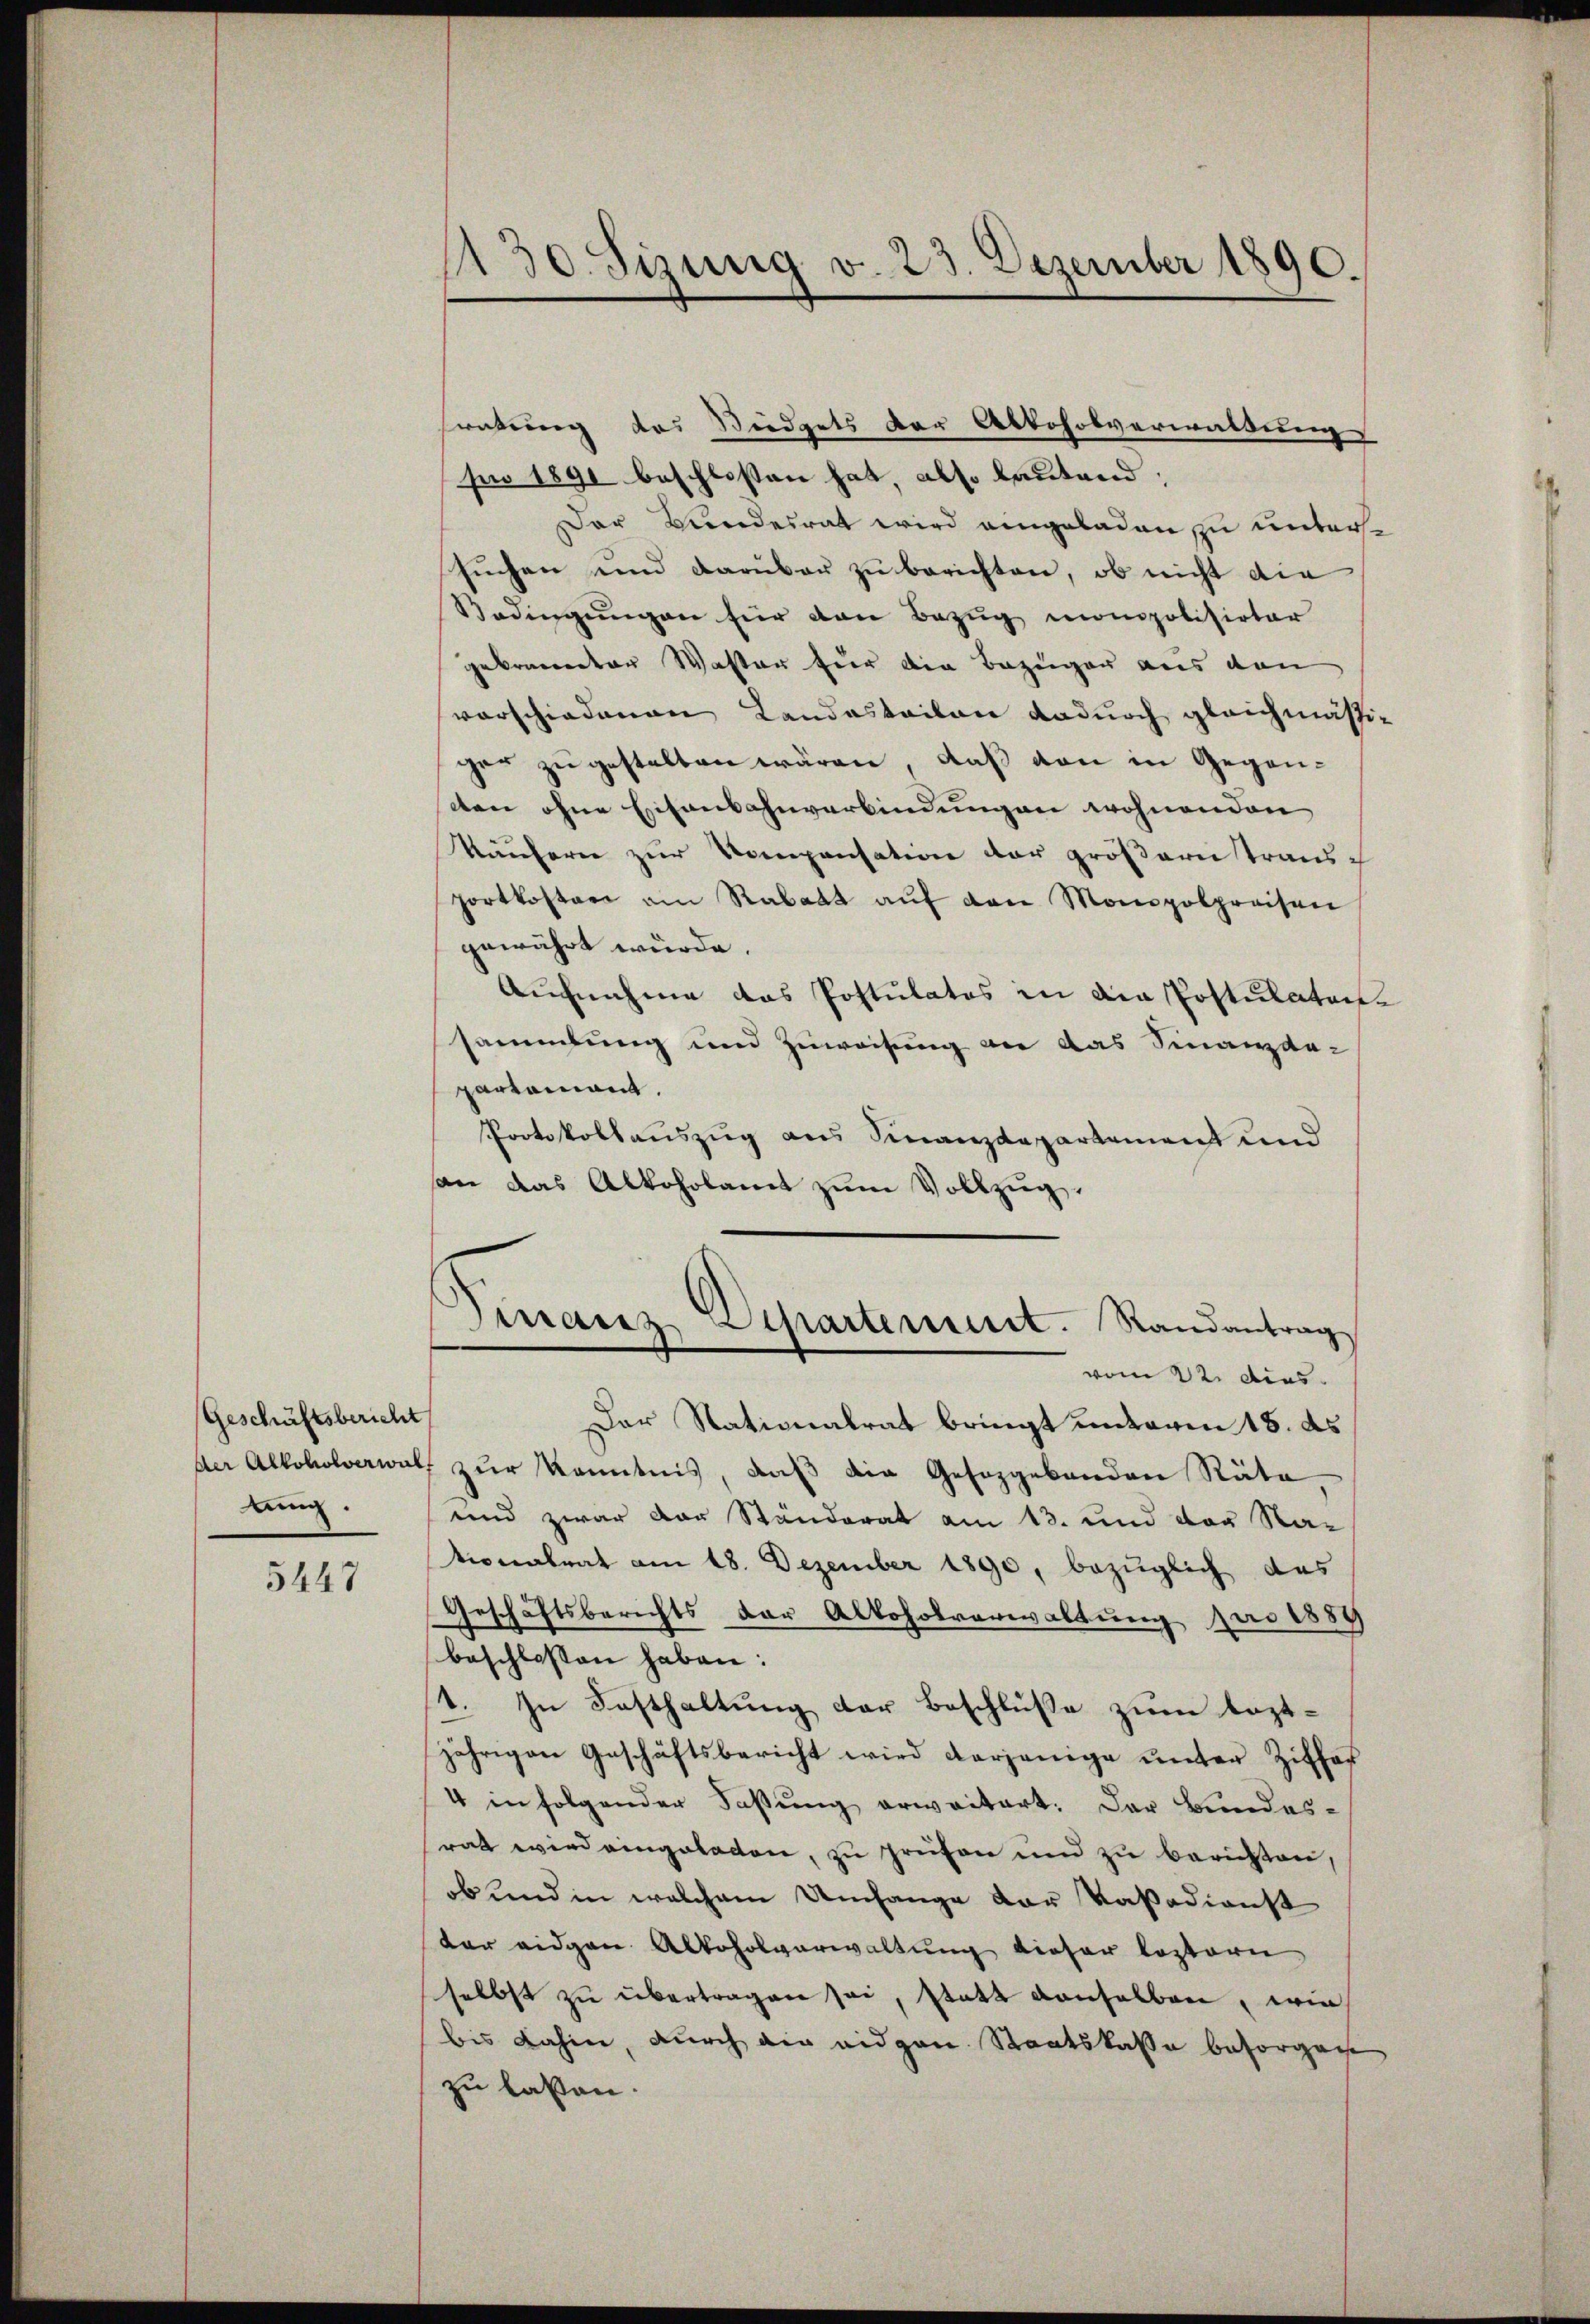
Geschäftsbericht
dung.

5447

130. Sitzung v. 23. Dezember 1890.

Eratung des Riedgets der Abkoholverwaldung
pro 1890 beschlossen hat, also lautend,
Der Kindesrat wird eingeladen zu unterssuchen und Darüber zu berichten, ob nicht die
Bedingungen für den Bezug monopolisirter
gebrannter Waster für die Bezeigen aus den
vorschiedenen Landasteilen dadurch gleichmässiger zu gestalten wären, daß von in Gegenten ohne Eisenbahnverbindungen wohnenden
Käuferne zur Kompensation der größern transch
portkosten am Rabatt aŭf den Monopolpreisen
gewährt wurde.
Aufnahme das Postulatos in die Postulaten-
sammlung und Zuweisung an das Finanzda-
partement.
Protokollauszug aus Finanzdepartement und
an das Alkoholamt zŭm Vollzug.
Finanz Departement. Randantrag
vom 22. dies
Der Nationalrat bringt unterm 18. ds.
der Alkoholverwalt zur Kenntnis, daß die Gesetzgebenden Räte
und zwar der Ständerat am 13. und der Nationalrat am 18. Dezember 1890, bezüglich das
Geschäftsberichts der Alkoholverwaltung pro 1889
beschlossen haben:
1. In Fasthaltung der Beschlüße zum leztjährigen Geschäftsbericht wird derjenige unter Ziffes
4 in folgender Faßung erweitert. Der Bundesrat wird eingeladen, zu prüfen und zu berichten,
ob und in welchem Umfange der Vasodienst
dar eidgen Alkoholverwaltung dieser leztern
selbst zŭ übertragen sei, statt denselben, wie
bis dahin, durch die eidgen. Staatskasse besorgen
zu laßen.